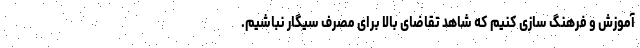
آموزش و فرهنگ سازی کنیم که شاهد تقاضای بالا برای مصرف سیگار نباشیم.